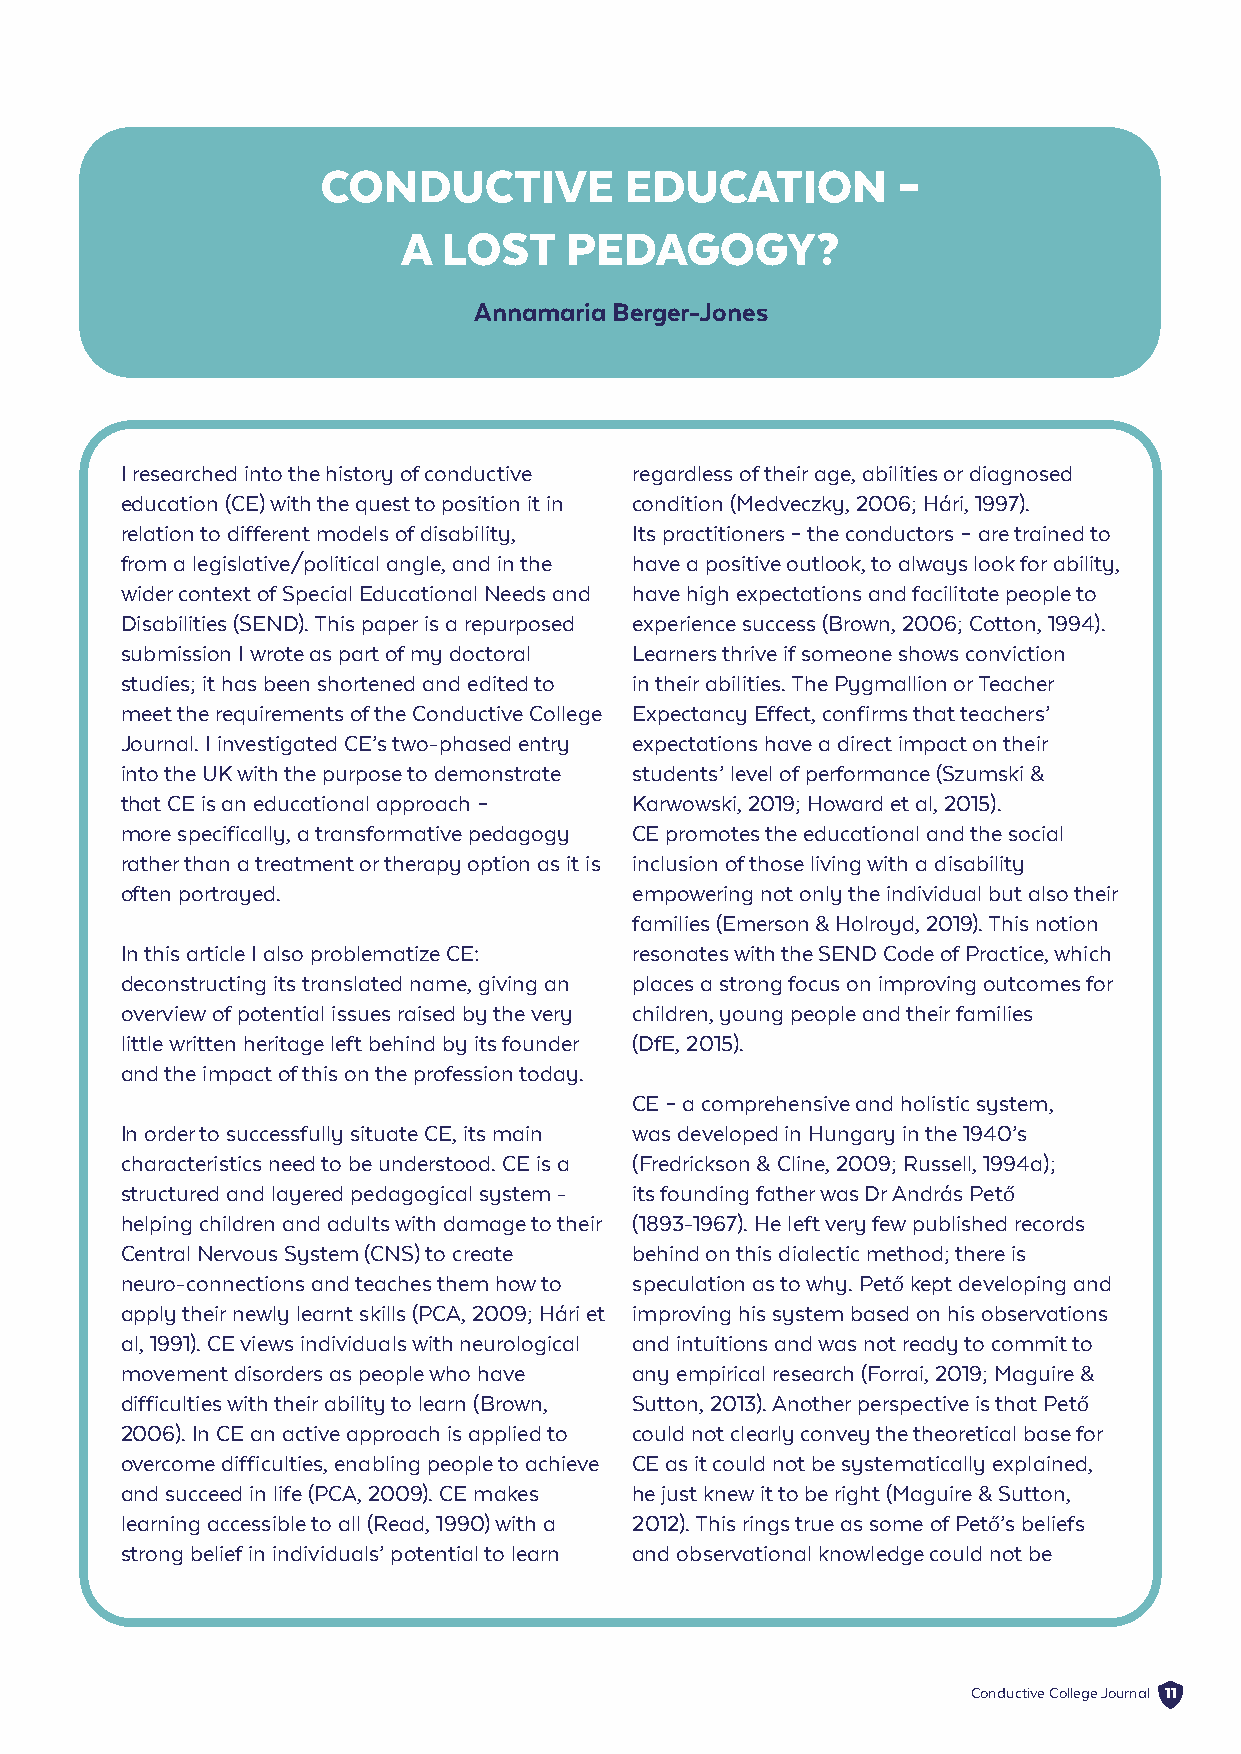
CONDUCTIVE          EDUCATION         –
 A LOST    PEDAGOGY?
 Annamaria Berger-Jones
 I researched into the history of conductive regardless of their age, abilities or diagnosed
 education (CE) with the quest to position it in condition (Medveczky, 2006; Hári, 1997).
 relation to different models of disability, Its practitioners – the conductors – are trained to
 from a legislative/political angle, and in the have a positive outlook, to always look for ability,
 wider context of Special Educational Needs and have high expectations and facilitate people to
 Disabilities (SEND). This paper is a repurposed experience success (Brown, 2006; Cotton, 1994).
 submission I wrote as part of my doctoral Learners thrive if someone shows conviction
 studies; it has been shortened and edited to in their abilities. The Pygmallion or Teacher
 meet the requirements of the Conductive College Expectancy Effect, confirms that teachers’
 Journal. I investigated CE’s two-phased entry expectations have a direct impact on their
 into the UK with the purpose to demonstrate students’ level of performance (Szumski &
 that CE is an educational approach – Karwowski, 2019; Howard et al, 2015).
 more specifically, a transformative pedagogy CE promotes the educational and the social
 rather than a treatment or therapy option as it is inclusion of those living with a disability
 often portrayed.                  empowering not only the individual but also their
 families (Emerson & Holroyd, 2019). This notion
 In this article I also problematize CE: resonates with the SEND Code of Practice, which
 deconstructing its translated name, giving an places a strong focus on improving outcomes for
 overview of potential issues raised by the very children, young people and their families
 little written heritage left behind by its founder (DfE, 2015).
 and the impact of this on the profession today.
 CE – a comprehensive and holistic system,
 In order to successfully situate CE, its main was developed in Hungary in the 1940’s
 characteristics need to be understood. CE is a (Fredrickson & Cline, 2009; Russell, 1994a);
 structured and layered pedagogical system - its founding father was Dr András Pet
 ő
 helping children and adults with damage to their (1893-1967). He left very few published records
 Central Nervous System (CNS) to create behind on this dialectic method; there is
 neuro-connections and teaches them how to speculation as to why. Pet kept developing and
 ő
 apply their newly learnt skills (PCA, 2009; Hári et improving his system based on his observations
 al, 1991). CE views individuals with neurological and intuitions and was not ready to commit to
 movement disorders as people who have any empirical research (Forrai, 2019; Maguire &
 difficulties with their ability to learn (Brown, Sutton, 2013). Another perspective is that Pet ő
 ő
 2006). In CE an active approach is applied to could not clearly convey the theoretical base for
 overcome difficulties, enabling people to achieve CE as it could not be systematically explained,
 and succeed in life (PCA, 2009). CE makes he just knew it to be right (Maguire & Sutton,
 learning accessible to all (Read, 1990) with a 2012). This rings true as some of Pet ’s beliefs
 ő
 strong belief in individuals’ potential to learn and observational knowledge could not be
 Conductive College Journal 11